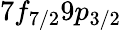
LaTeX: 7f_{7/2}9p_{3/2}